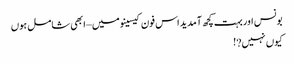
بونس اور بہت کچھ آمدید اس فون کیسینو میں – ابھی شامل ہوں
کیوں نہیں?!